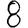
Digit: 8